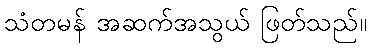
သံတမန် အဆက်အသွယ် ဖြတ်သည်။